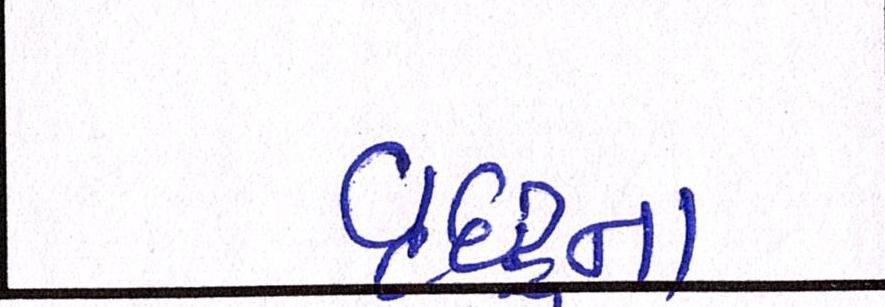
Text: વૃદ્ધાના